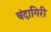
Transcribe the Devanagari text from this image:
चंदागिरी